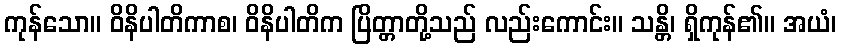
ကုန်သော။ ဝိနိပါတိကာစ၊ ဝိနိပါတိက ပြိတ္တာတို့သည် လည်းကောင်း။ သန္တိ၊ ရှိကုန်၏။ အယံ၊